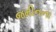
જમીનના